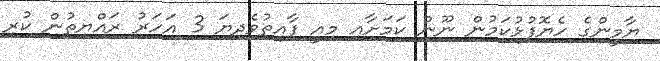
ޔާމީންގެ ހެޔޮފުޅުކަމުން ނޫން ކަމަށާއި މިއީ ފާއިތުވެދިޔަ 3 އަހަރު ރައްޔިތުން ކުރި